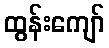
ထွန်းကျော်